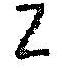
Z